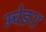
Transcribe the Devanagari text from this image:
म्चेइश